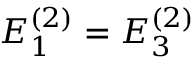
E _ { 1 } ^ { ( 2 ) } = E _ { 3 } ^ { ( 2 ) }